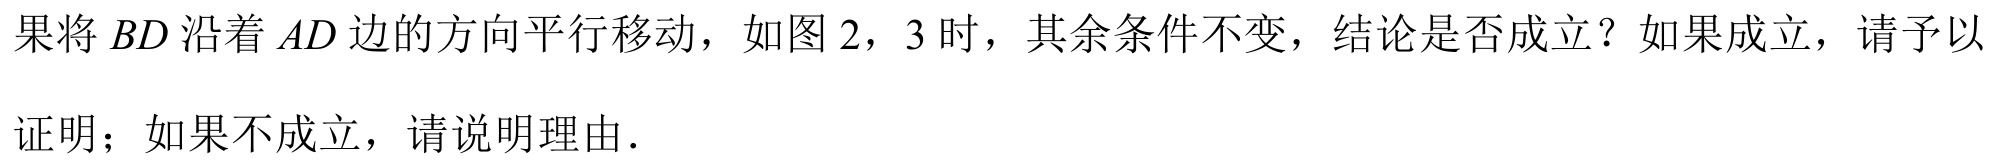
果将\(BD\)沿着\(AD\)边的方向平行移动，如图2，3时，其余条件不变，结论是否成立？如果成立，请予以
证明；如果不成立，请说明理由.